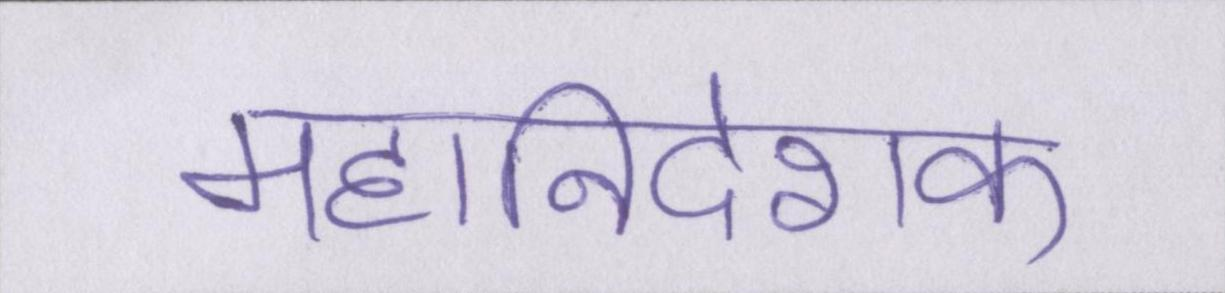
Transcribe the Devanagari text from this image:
महानिदेशक